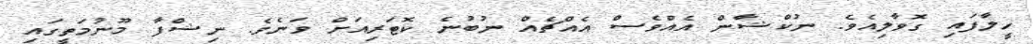
ހީލާފައި ގޮވާލިއެވެ. ނުކްޝާން އެއްވެސް އެއްޗެއް ނުބުނެ ކޮޓަރިއަށް ވަނެވެ. ނިޝްފާ މޫނުމަތީގައި